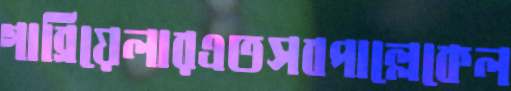
গাব্রিয়েলারএতসবপাল্লেকেল